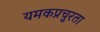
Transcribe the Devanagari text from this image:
यमकप्रचुरता